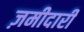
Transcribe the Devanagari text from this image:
ज़मीदारी